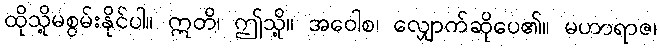
ထိုသို့မစွမ်းနိုင်ပါ။ ဣတိ၊ ဤသို့။ အဝေါစ၊ လျှောက်ဆိုပေ၏။ မဟာရာဇ၊